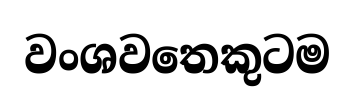
වංශවතෙකුටම